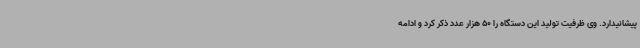
پیشانیدارد. وی ظرفیت تولید این دستگاه را 50 هزار عدد ذکر کرد و ادامه